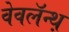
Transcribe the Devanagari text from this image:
वेवलॅन्थ़